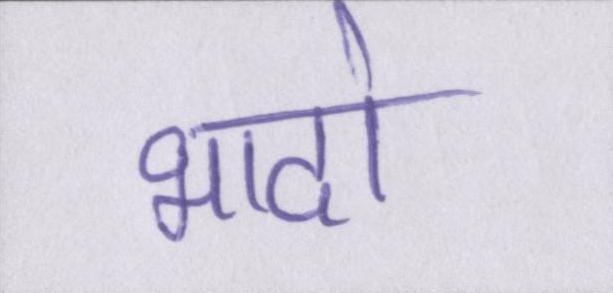
भादो